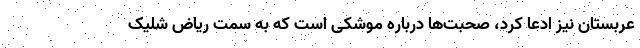
عربستان نیز ادعا کرد، صحبت‌ها درباره موشکی است که به سمت ریاض شلیک